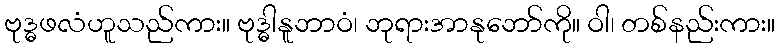
ဗုဒ္ဓဖလံဟူသည်ကား။ ဗုဒ္ဓါနူဘာဝံ၊ ဘုရားအာနုဘော်ကို။ ဝါ၊ တစ်နည်းကား။